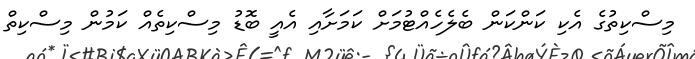
މިސްކިތުގެ އެކި ކަންކަން ބެލެހެއްޓުމަށް ކަމަށާއި އެއީ ބޮޑު މިސްކިތެއް ކަމުން މިސްކިތް